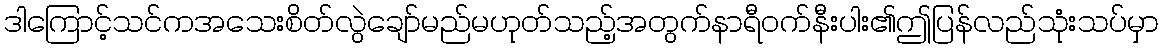
ဒါကြောင့်သင်ကအသေးစိတ်လွဲချော်မည်မဟုတ်သည့်အတွက်နာရီဝက်နီးပါး၏ဤပြန်လည်သုံးသပ်မှာ